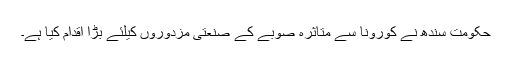
حکومت سندھ نے کورونا سے متاثرہ صوبے کے صنعتی مزدوروں کیلئے بڑا اقدام کیا ہے۔